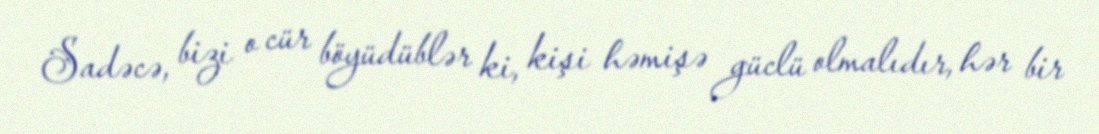
Sadəcə, bizi o cür böyüdüblər ki, kişi həmişə güclü olmalıdır, hər bir